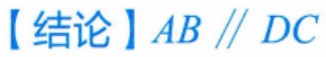
【结论】$AB \parallel DC$